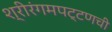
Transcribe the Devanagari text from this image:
श्रीरंगमपट्टणची